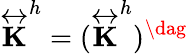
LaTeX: \overleftrightarrow{\mathbf{K}}^{h}=(\overleftrightarrow{\mathbf{K}}^{h})^{\dag}